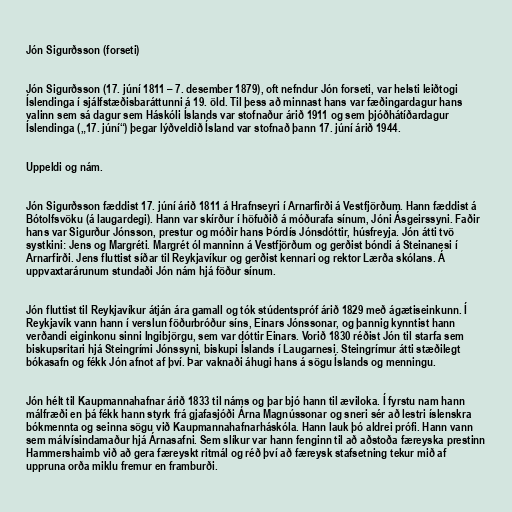
Jón Sigurðsson (forseti)

Jón Sigurðsson (17. júní 1811 – 7. desember 1879), oft nefndur Jón forseti, var helsti leiðtogi
Íslendinga í sjálfstæðisbaráttunni á 19. öld. Til þess að minnast hans var fæðingardagur hans
valinn sem sá dagur sem Háskóli Íslands var stofnaður árið 1911 og sem þjóðhátíðardagur
Íslendinga („17. júní“) þegar lýðveldið Ísland var stofnað þann 17. júní árið 1944.

Uppeldi og nám.

Jón Sigurðsson fæddist 17. júní árið 1811 á Hrafnseyri í Arnarfirði á Vestfjörðum. Hann fæddist á
Bótolfsvöku (á laugardegi). Hann var skírður í höfuðið á móðurafa sínum, Jóni Ásgeirssyni. Faðir
hans var Sigurður Jónsson, prestur og móðir hans Þórdís Jónsdóttir, húsfreyja. Jón átti tvö
systkini: Jens og Margréti. Margrét ól manninn á Vestfjörðum og gerðist bóndi á Steinanesi í
Arnarfirði. Jens fluttist síðar til Reykjavíkur og gerðist kennari og rektor Lærða skólans. Á
uppvaxtarárunum stundaði Jón nám hjá föður sínum.

Jón fluttist til Reykjavíkur átján ára gamall og tók stúdentspróf árið 1829 með ágætiseinkunn. Í
Reykjavík vann hann í verslun föðurbróður síns, Einars Jónssonar, og þannig kynntist hann
verðandi eiginkonu sinni Ingibjörgu, sem var dóttir Einars. Vorið 1830 réðist Jón til starfa sem
biskupsritari hjá Steingrími Jónssyni, biskupi Íslands í Laugarnesi. Steingrímur átti stæðilegt
bókasafn og fékk Jón afnot af því. Þar vaknaði áhugi hans á sögu Íslands og menningu.

Jón hélt til Kaupmannahafnar árið 1833 til náms og þar bjó hann til æviloka. Í fyrstu nam hann
málfræði en þá fékk hann styrk frá gjafasjóði Árna Magnússonar og sneri sér að lestri íslenskra
bókmennta og seinna sögu við Kaupmannahafnarháskóla. Hann lauk þó aldrei prófi. Hann vann
sem málvísindamaður hjá Árnasafni. Sem slíkur var hann fenginn til að aðstoða færeyska prestinn
Hammershaimb við að gera færeyskt ritmál og réð því að færeysk stafsetning tekur mið af
uppruna orða miklu fremur en framburði.